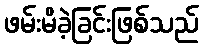
ဖမ်းမိခဲ့ခြင်းဖြစ်သည်